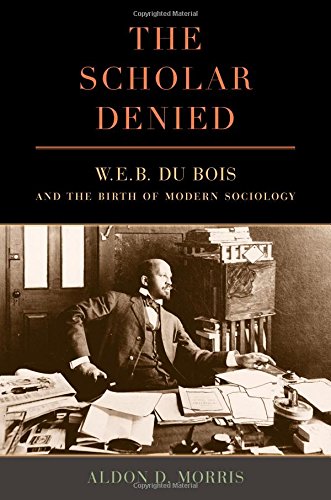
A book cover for The Scholar Denied: W. E. B. Du Bois and the Birth of Modern Sociology; Aldon Morris; Biographies & Memoirs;